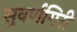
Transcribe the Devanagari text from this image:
सुवर्णगिरी